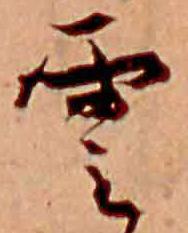
雲